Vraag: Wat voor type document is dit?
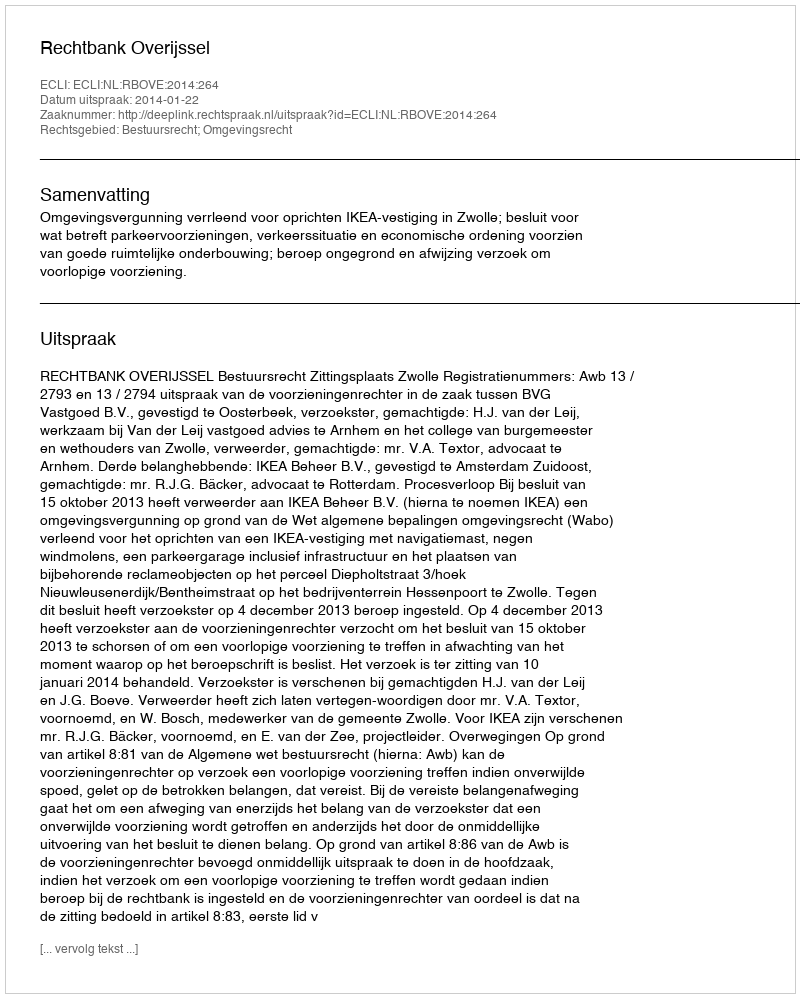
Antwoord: Uitspraak